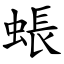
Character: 䗅